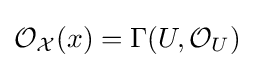
{\mathcal {O}}_{\mathcal {X}}(x)=\Gamma (U,{\mathcal {O}}_{U})